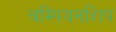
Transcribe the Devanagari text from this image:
चम्पियनशिप